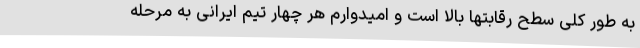
به طور کلی سطح رقابتها بالا است و امیدوارم هر چهار تیم ایرانی به مرحله